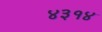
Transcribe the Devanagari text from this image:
४३१४